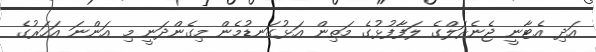
އަދި އެޓާނީ ޖެނެރަލްގެ ލަފާފުޅުގެ މަތިން އަޅުގަނޑުމެން މިގެންދަނީ މި އަންނަ އަހަރުގެ